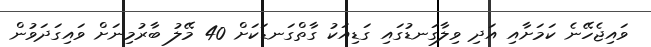
ވައިޖެހޭނެ ކަމަށާއި އަދި ވިލާގަނޑުގައި ގަޑިއަކު ގާތްގަނޑަކަށް 40 މޭލު ބާރުމިނަށް ވައިގަދަވުން